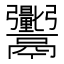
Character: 𬴼